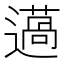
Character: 𨗲